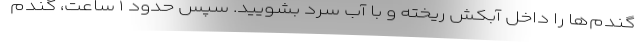
گندم‌ها را داخل آبکش ریخته و با آب سرد بشویید. سپس حدود ۱ ساعت، گندم